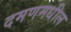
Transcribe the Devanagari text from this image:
दमणमधील